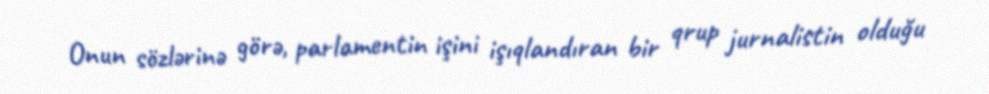
Onun sözlərinə görə, parlamentin işini işıqlandıran bir qrup jurnalistin olduğu